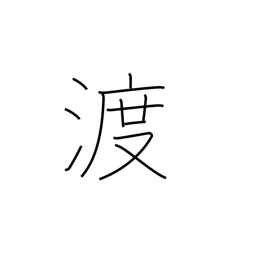
Meaning: transit